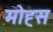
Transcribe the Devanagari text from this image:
मोह्स